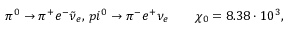
\pi ^ { 0 } \rightarrow \pi ^ { + } e ^ { - } \tilde { \nu } _ { e } , \, p i ^ { 0 } \rightarrow \pi ^ { - } e ^ { + } \nu _ { e } \qquad \chi _ { 0 } = 8 . 3 8 \cdot 1 0 ^ { 3 } ,